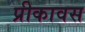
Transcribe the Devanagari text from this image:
प्रीकावस